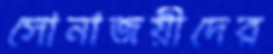
সোনাজয়ীদের